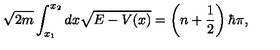
\sqrt { 2 m } \int _ { x _ { 1 } } ^ { x _ { 2 } } d x \sqrt { E - V ( x ) } = \left( n + \frac { 1 } { 2 } \right) \hbar \pi ,